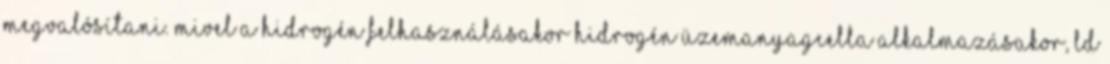
megvalósítani. Mivel a hidrogén felhasználásakor hidrogén üzemanyagcella alkalmazásakor, ld